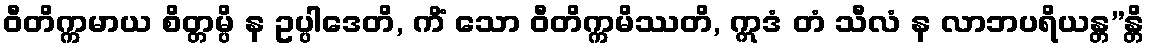
ဝီတိက္ကမာယ စိတ္တမ္ပိ န ဥပ္ပါဒေတိ, ကိံ သော ဝီတိက္ကမိဿတိ, ဣဒံ တံ သီလံ န လာဘပရိယန္တ”န္တိ